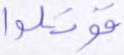
قوتلوا